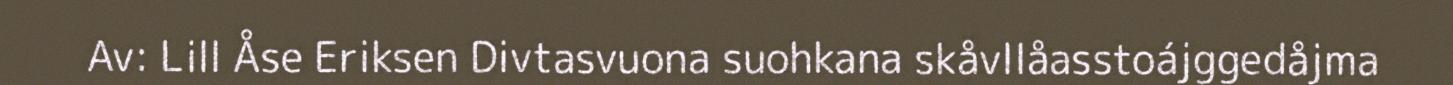
Av: Lill Åse Eriksen Divtasvuona suohkana skåvllåasstoájggedåjma